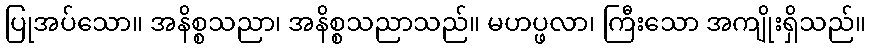
ပြုအပ်သော။ အနိစ္စသညာ၊ အနိစ္စသညာသည်။ မဟပ္ဖလာ၊ ကြီးသော အကျိုးရှိသည်။